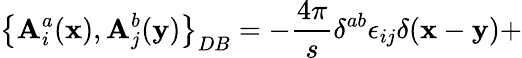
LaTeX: \left\{ \mathbf{A}_{i}^{a}({\mathbf{x}}),\mathbf{A}_{j}^{b}({\mathbf{y}})\right\} _{DB}=-\frac{{4\pi}}{{s}}\delta^{ab}\epsilon_{ij}\delta({\mathbf{x}}-{\mathbf{y}})+